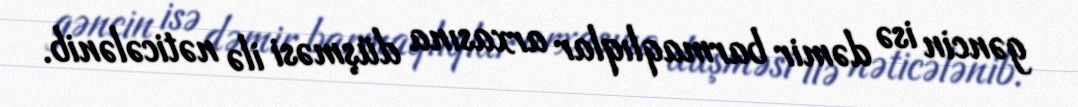
gəncin isə dəmir barmaqlıqlar arxasına düşməsi ilə nəticələnib.